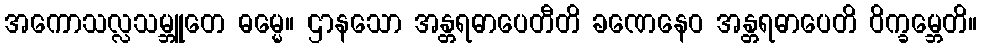
အကောသလ္လသမ္ဘူတေ ဓမ္မေ။ ဌာနသော အန္တရဓာပေတီတိ ခဏေနေဝ အန္တရဓာပေတိ ဝိက္ခမ္ဘေတိ။